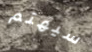
سيهتم